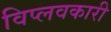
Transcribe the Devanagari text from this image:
विप्लवकारी